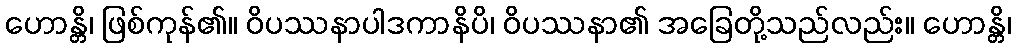
ဟောန္တိ၊ ဖြစ်ကုန်၏။ ဝိပဿနာပါဒကာနိပိ၊ ဝိပဿနာ၏ အခြေတို့သည်လည်း။ ဟောန္တိ၊